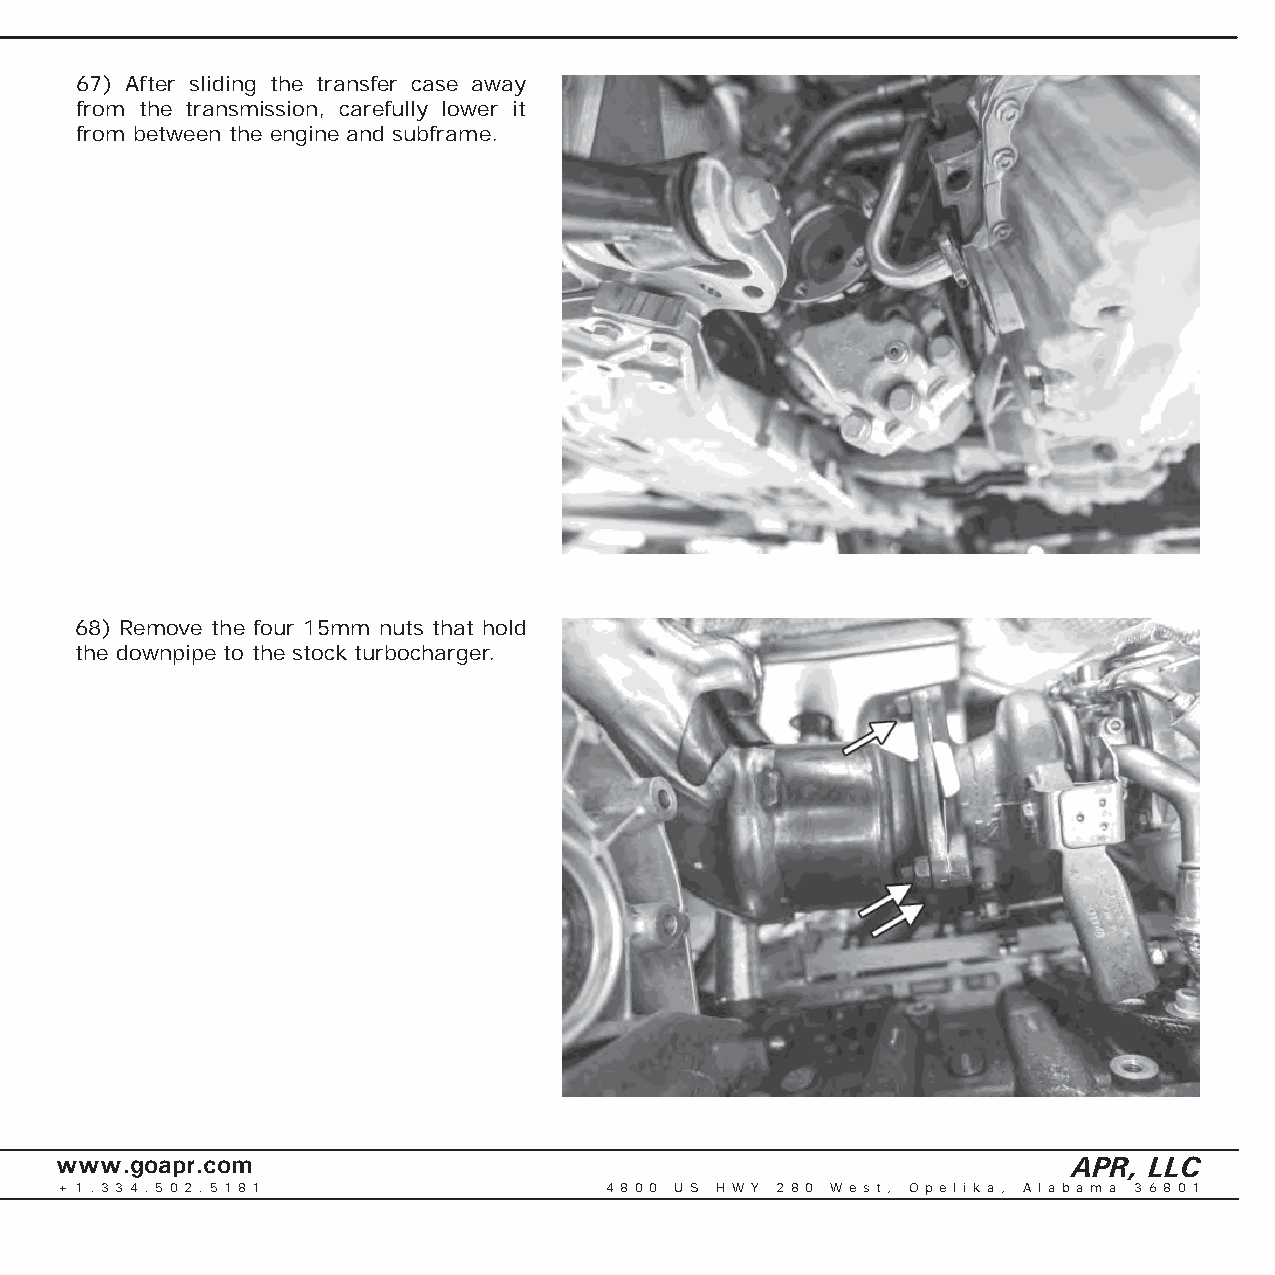
67) After sliding the transfer case away
 from the transmission, carefully lower it
 from between the engine and subframe.
 68) Remove the four 15mm nuts that hold
 the downpipe to the stock turbocharger.
 www.goapr.com                                                      APR, LLC
 + 1 . 3 3 4 . 5 0 2 . 5 1 8 1       4 8 0 0 U S H W Y 2 8 0 We s t , O p e l i k a , A l a b a m a 3 6 8 0 1